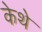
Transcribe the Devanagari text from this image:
केथे